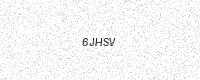
Text: 6JHSV